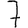
Digit: 7